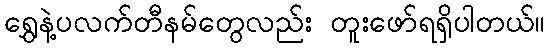
ရွှေနဲ့ပလက်တီနမ်တွေလည်း တူးဖော်ရရှိပါတယ်။